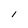
Character: l